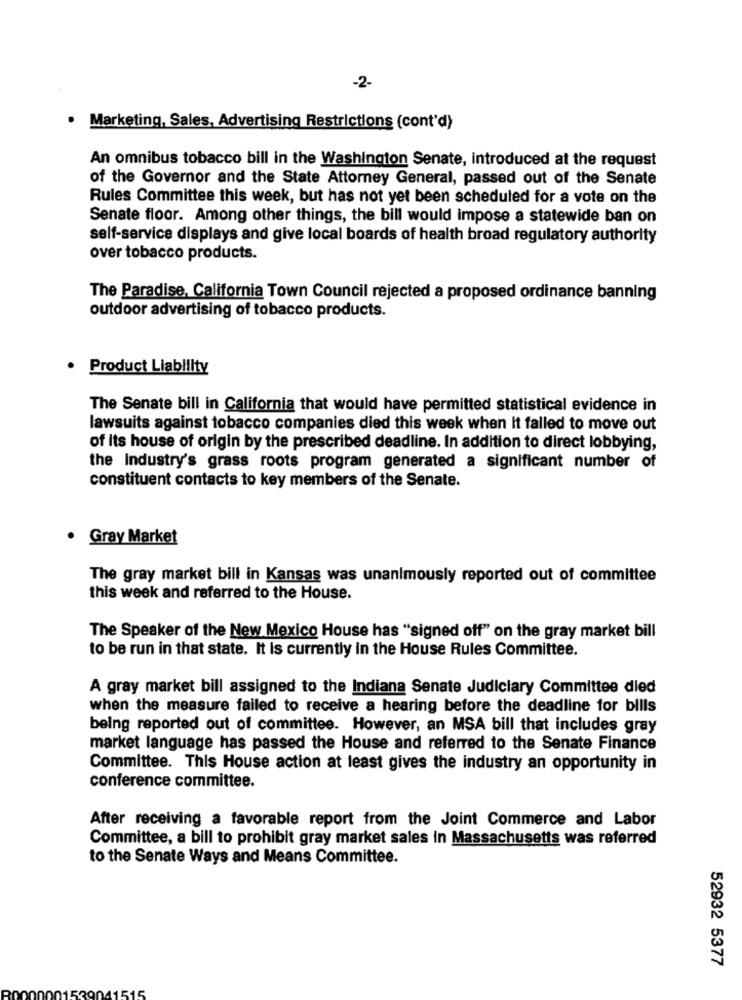
-2-
· Marketing, Sales, Advertising Restrictions (cont'd)
An omnibus tobacco bill in the Washington Senate, introduced at the request
of the Governor and the State Attorney General, passed out of the Senate
Rules Committee this week, but has not yet been scheduled for a vote on the
Senate floor. Among other things, the bill would impose a statewide ban on
self-service displays and give local boards of health broad regulatory authority
over tobacco products.
The Paradise, California Town Council rejected a proposed ordinance banning
outdoor advertising of tobacco products.
Product Liability
The Senate bill in California that would have permitted statistical evidence in
lawsuits against tobacco companies died this week when it failed to move out
of its house of origin by the prescribed deadline. In addition to direct lobbying,
the Industry's grass roots program generated a significant number of
constituent contacts to key members of the Senate.
· Gray Market
The gray market bill in Kansas was unanimously reported out of committee
this week and referred to the House.
The Speaker of the New Mexico House has "signed off" on the gray market bill
to be run in that state. It is currently in the House Rules Committee.
A gray market bill assigned to the Indiana Senate Judiciary Committee died
when the measure failed to receive a hearing before the deadline for bills
being reported out of committee. However, an MSA bill that includes gray
market language has passed the House and referred to the Senate Finance
Committee. This House action at least gives the industry an opportunity in
conference committee.
After receiving a favorable report from the Joint Commerce and Labor
Committee, a bill to prohibit gray market sales in Massachusetts was referred
to the Senate Ways and Means Committee.
52932 5377